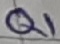
Text: Q1